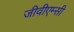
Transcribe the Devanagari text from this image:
जीवीएम्सी